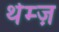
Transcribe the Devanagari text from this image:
थेम्ज़